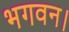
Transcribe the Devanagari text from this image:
भगवन।